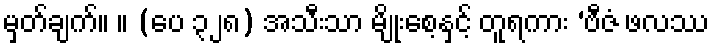
မှတ်ချက်။ ။ (ပေ ၃၂၈) အသီးသာ မျိုးစေ့နှင့် တူရကား ‘ဗီဇံ ဖလဿ